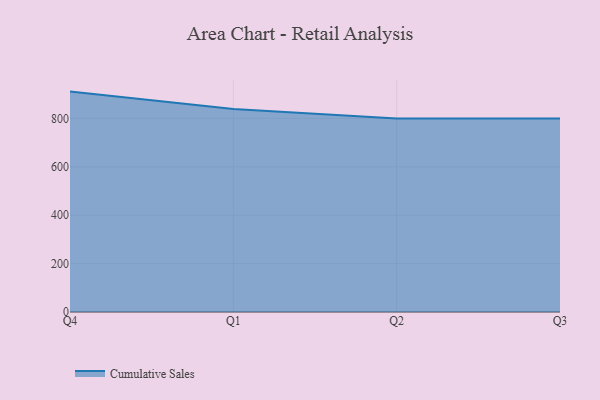
{"axis": {"x": "Quarter", "y": "Tickets Resolved"}, "legend": ["Cumulative Sales"], "data": [{"x": "Q4", "y": 910.9, "type": "Cumulative Sales"}, {"x": "Q1", "y": 838.7, "type": "Cumulative Sales"}, {"x": "Q2", "y": 800, "type": "Cumulative Sales"}, {"x": "Q3", "y": 800, "type": "Cumulative Sales"}]}